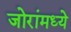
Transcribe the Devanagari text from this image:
जोरांमध्ये